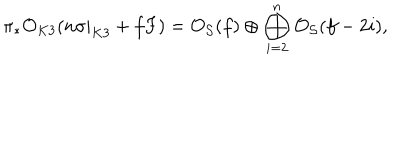
\pi _ { * } { \cal O } _ { K 3 } ( n \sigma | _ { K 3 } + f F ) = { \cal O } _ { { \cal S } } ( f ) \oplus \bigoplus _ { i = 2 } ^ { n } { \cal O } _ { { \cal S } } ( f - 2 i ) ,